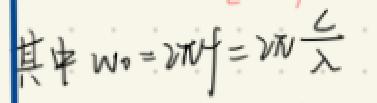
其中 $\omega_0 = 2\pi f = 2\pi \frac{c}{\lambda}$